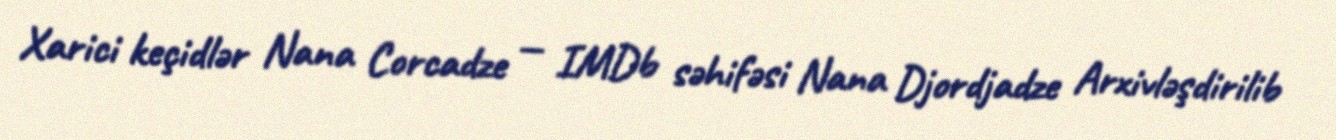
Xarici keçidlər Nana Corcadze — IMDb səhifəsi Nana Djordjadze Arxivləşdirilib